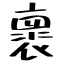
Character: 褱